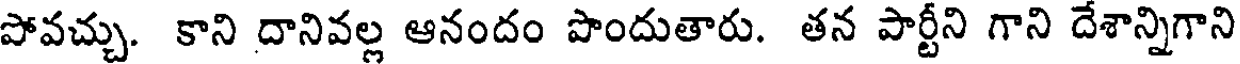
పోవచ్చు. కాని దానివల్ల ఆనందం పొందుతారు. తన పార్టీని గాని దేశాన్నిగాని